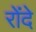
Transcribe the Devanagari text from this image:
रोंदे